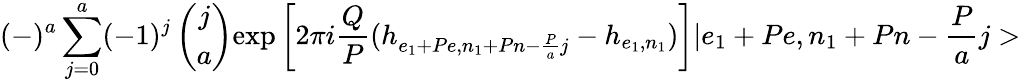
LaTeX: (-)^{a}\sum_{j=0}^{a}(-1)^{j}\left(\begin{array}{c}{{j}}\\ {{a}}\end{array}\right)\mathrm{exp}\left[2\pi i\frac{Q}{P}(h_{e_{1}+Pe,n_{1}+Pn-\frac{P}{a}j}-h_{e_{1},n_{1}})\right]|e_{1}+Pe,n_{1}+Pn-\frac{P}{a}j>